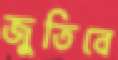
জুতিবে